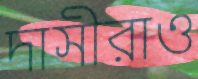
দাসীরাও